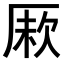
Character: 𠩼